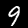
Digit: 9